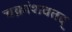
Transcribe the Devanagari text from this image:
चक्रांशवतद्